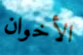
الأخوان